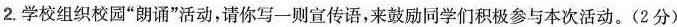
2.学校组织校园”朗诵”活动，请你写一则宣传语，来鼓励同学们积极参与本次活动。(2分)